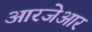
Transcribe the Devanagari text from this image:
आरजेआर